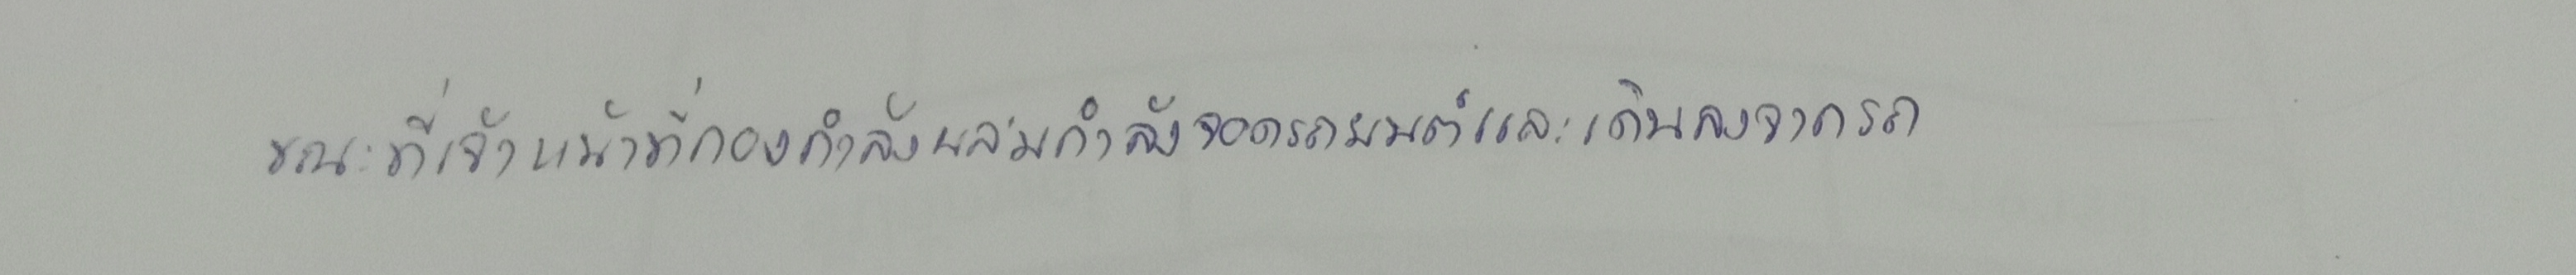
ขณะที่เจ้าหน้าที่กองกำลังผสมกำลังจอดรถยนต์และเดินลงจากรถ